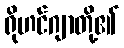
ရိုဟင်ဂျာတို့၏